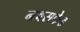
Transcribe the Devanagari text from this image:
नवसफेड